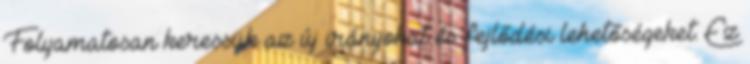
Folyamatosan keressük az új irányokat és fejlődési lehetőségeket. Ez